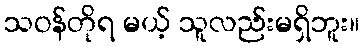
သဝန်တိုရ မယ့် သူလည်းမရှိဘူး။